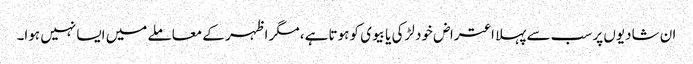
ان شادیوں پر سب سے پہلا اعتراض خود لڑکی یا بیوی کو ہوتا ہے، مگر اظہر کے معاملے میں ایسا نہیں ہوا۔